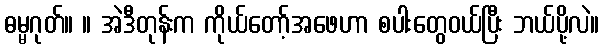
ဓမ္မဂုတ်။ ။ အဲဒီတုန်းက ကိုယ်တော့်အဖေဟာ စပါးတွေဝယ်ပြီး ဘယ်ပို့လဲ။